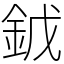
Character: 龯